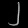
Digit: ၂